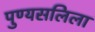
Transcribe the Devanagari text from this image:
पुण्यसलिला